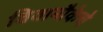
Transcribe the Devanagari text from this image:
विवानौकेचे